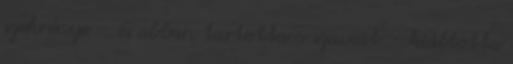
szekrénye – és abban tartotta a szavait – kiáltotta